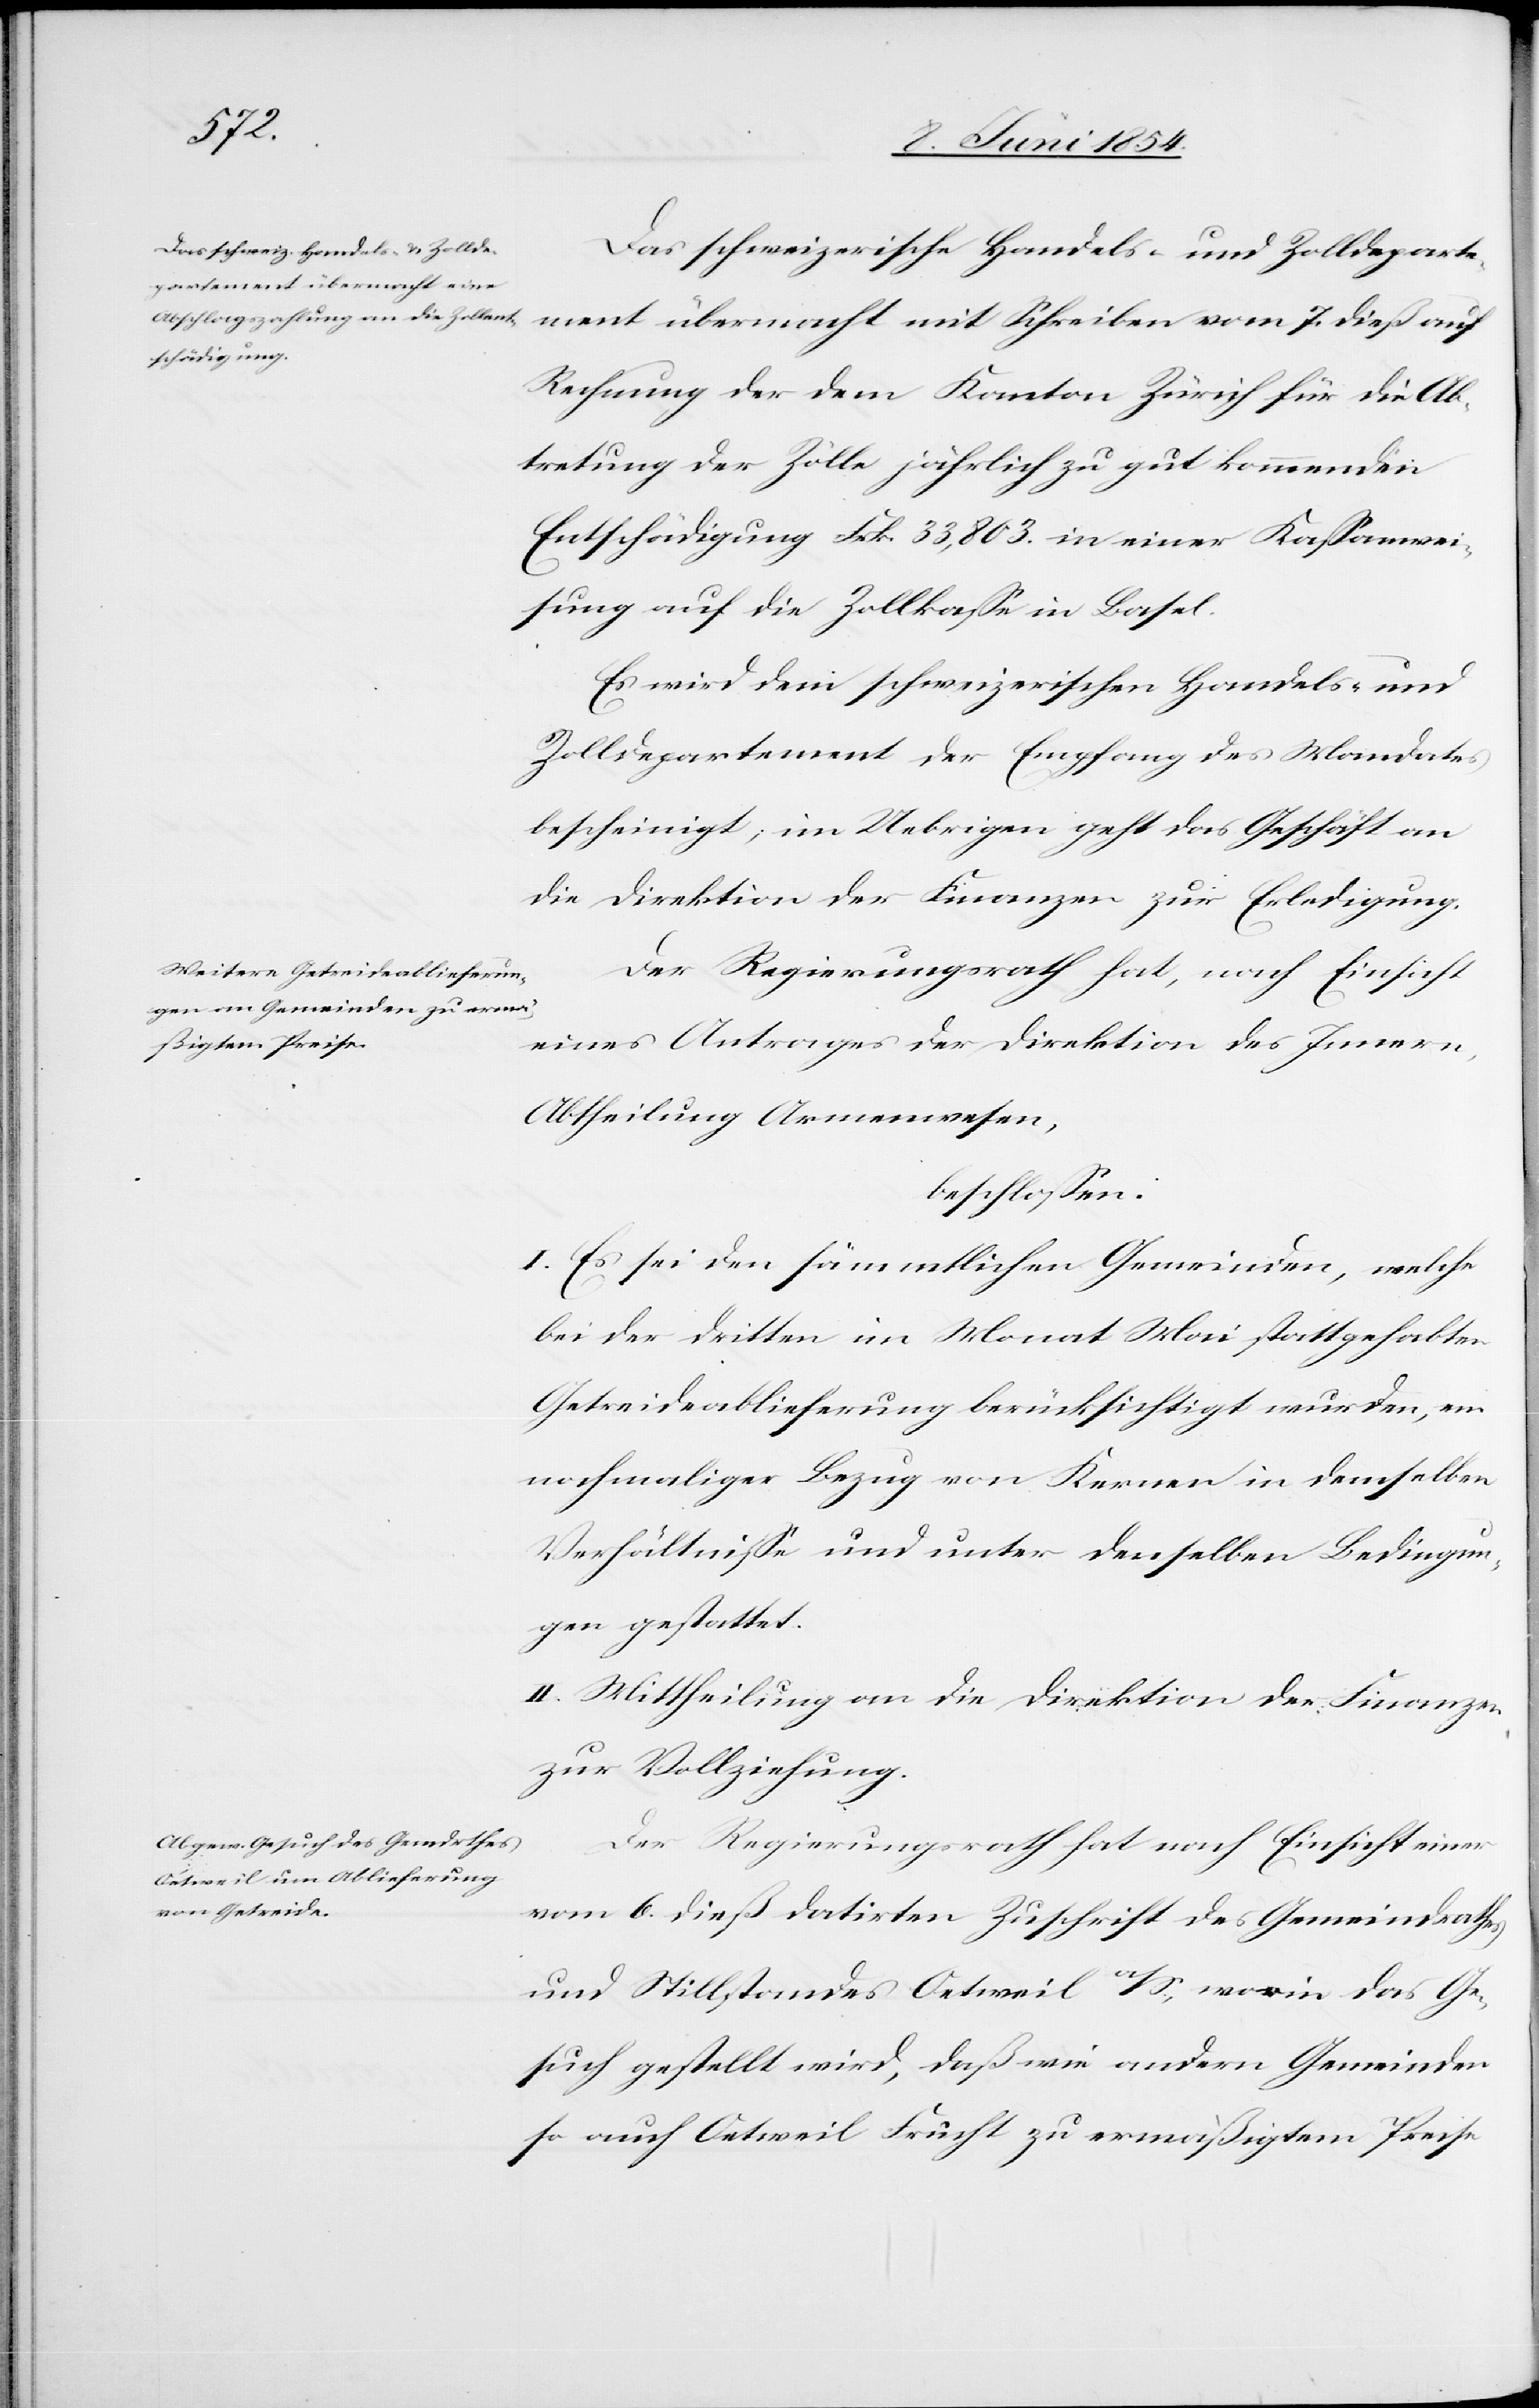
Das schweizerische Handels- und Zolldeparte¬
ment übermacht mit Schreiben vom 7. dieß auf
Rechnung der dem Kanton Zürich für die Ab¬
tretung der Zölle jährlich zu gut kommenden
Entschädigung Frk. 22,803. in einer Kaßawei¬
sung auf die Zollkaße in Basel.
Es wird dem schweizerischen Handels- und
Zolldepartemente der Empfang des Mandates
bescheinigt; im Uebrigen geht das Geschäft an
die Direktion der Finanzen zur Erledigung.
Der Regierungsrath hat, nach Einsicht
eines Antrages der Direktion des Innern,
Abtheilung Armenwesen,
beschloßen:
I. Es sei den sämmtlichen Gemeinden, welche
bei der dritten im Monat Mai stattgehabten
Getreideablieferung berücksichtigt wurden, ein
nochmaliger Bezug von Kernen in demselben
Verhältniße und unter denselben Bedingun¬
gen gestattet.
II. Mittheilung an die Direktion der Finanzen
zur Vollziehung.
Der Regierungsrath hat nach Einsicht einer
vom 6. dieß datirten Zuschrift des Gemeindrathes
und Stillstandes Oetweil a/S., worin das Ge¬
such gestellt wird, daß wie andern Gemeinden
so auch Oetweil Frucht zu ermäßigtem Preise